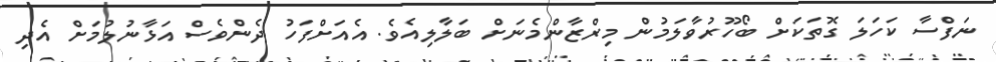
ނަފްސާ ކަހަލަ ގޮތަކަށް ބޯހޫރުވާލަމުން މިރްޒާންމެނަށް ބަލާލިއެވެ. އެއަށްފަހު ދެންވެސް އަޅާނުލުމަށް އެދި